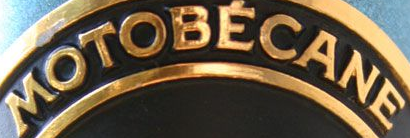
MOTOBECANE